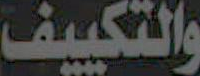
والتكييف